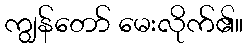
ကျွန်တော် မေးလိုက်၏။